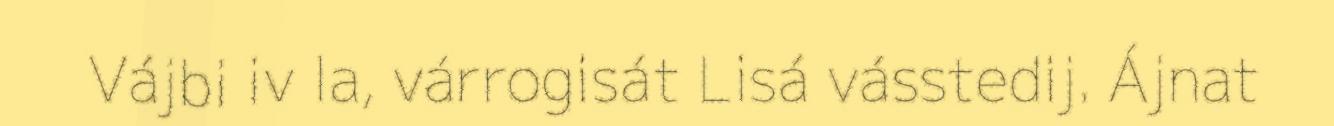
Vájbi iv la, várrogisát Lisá vásstedij. Ájnat